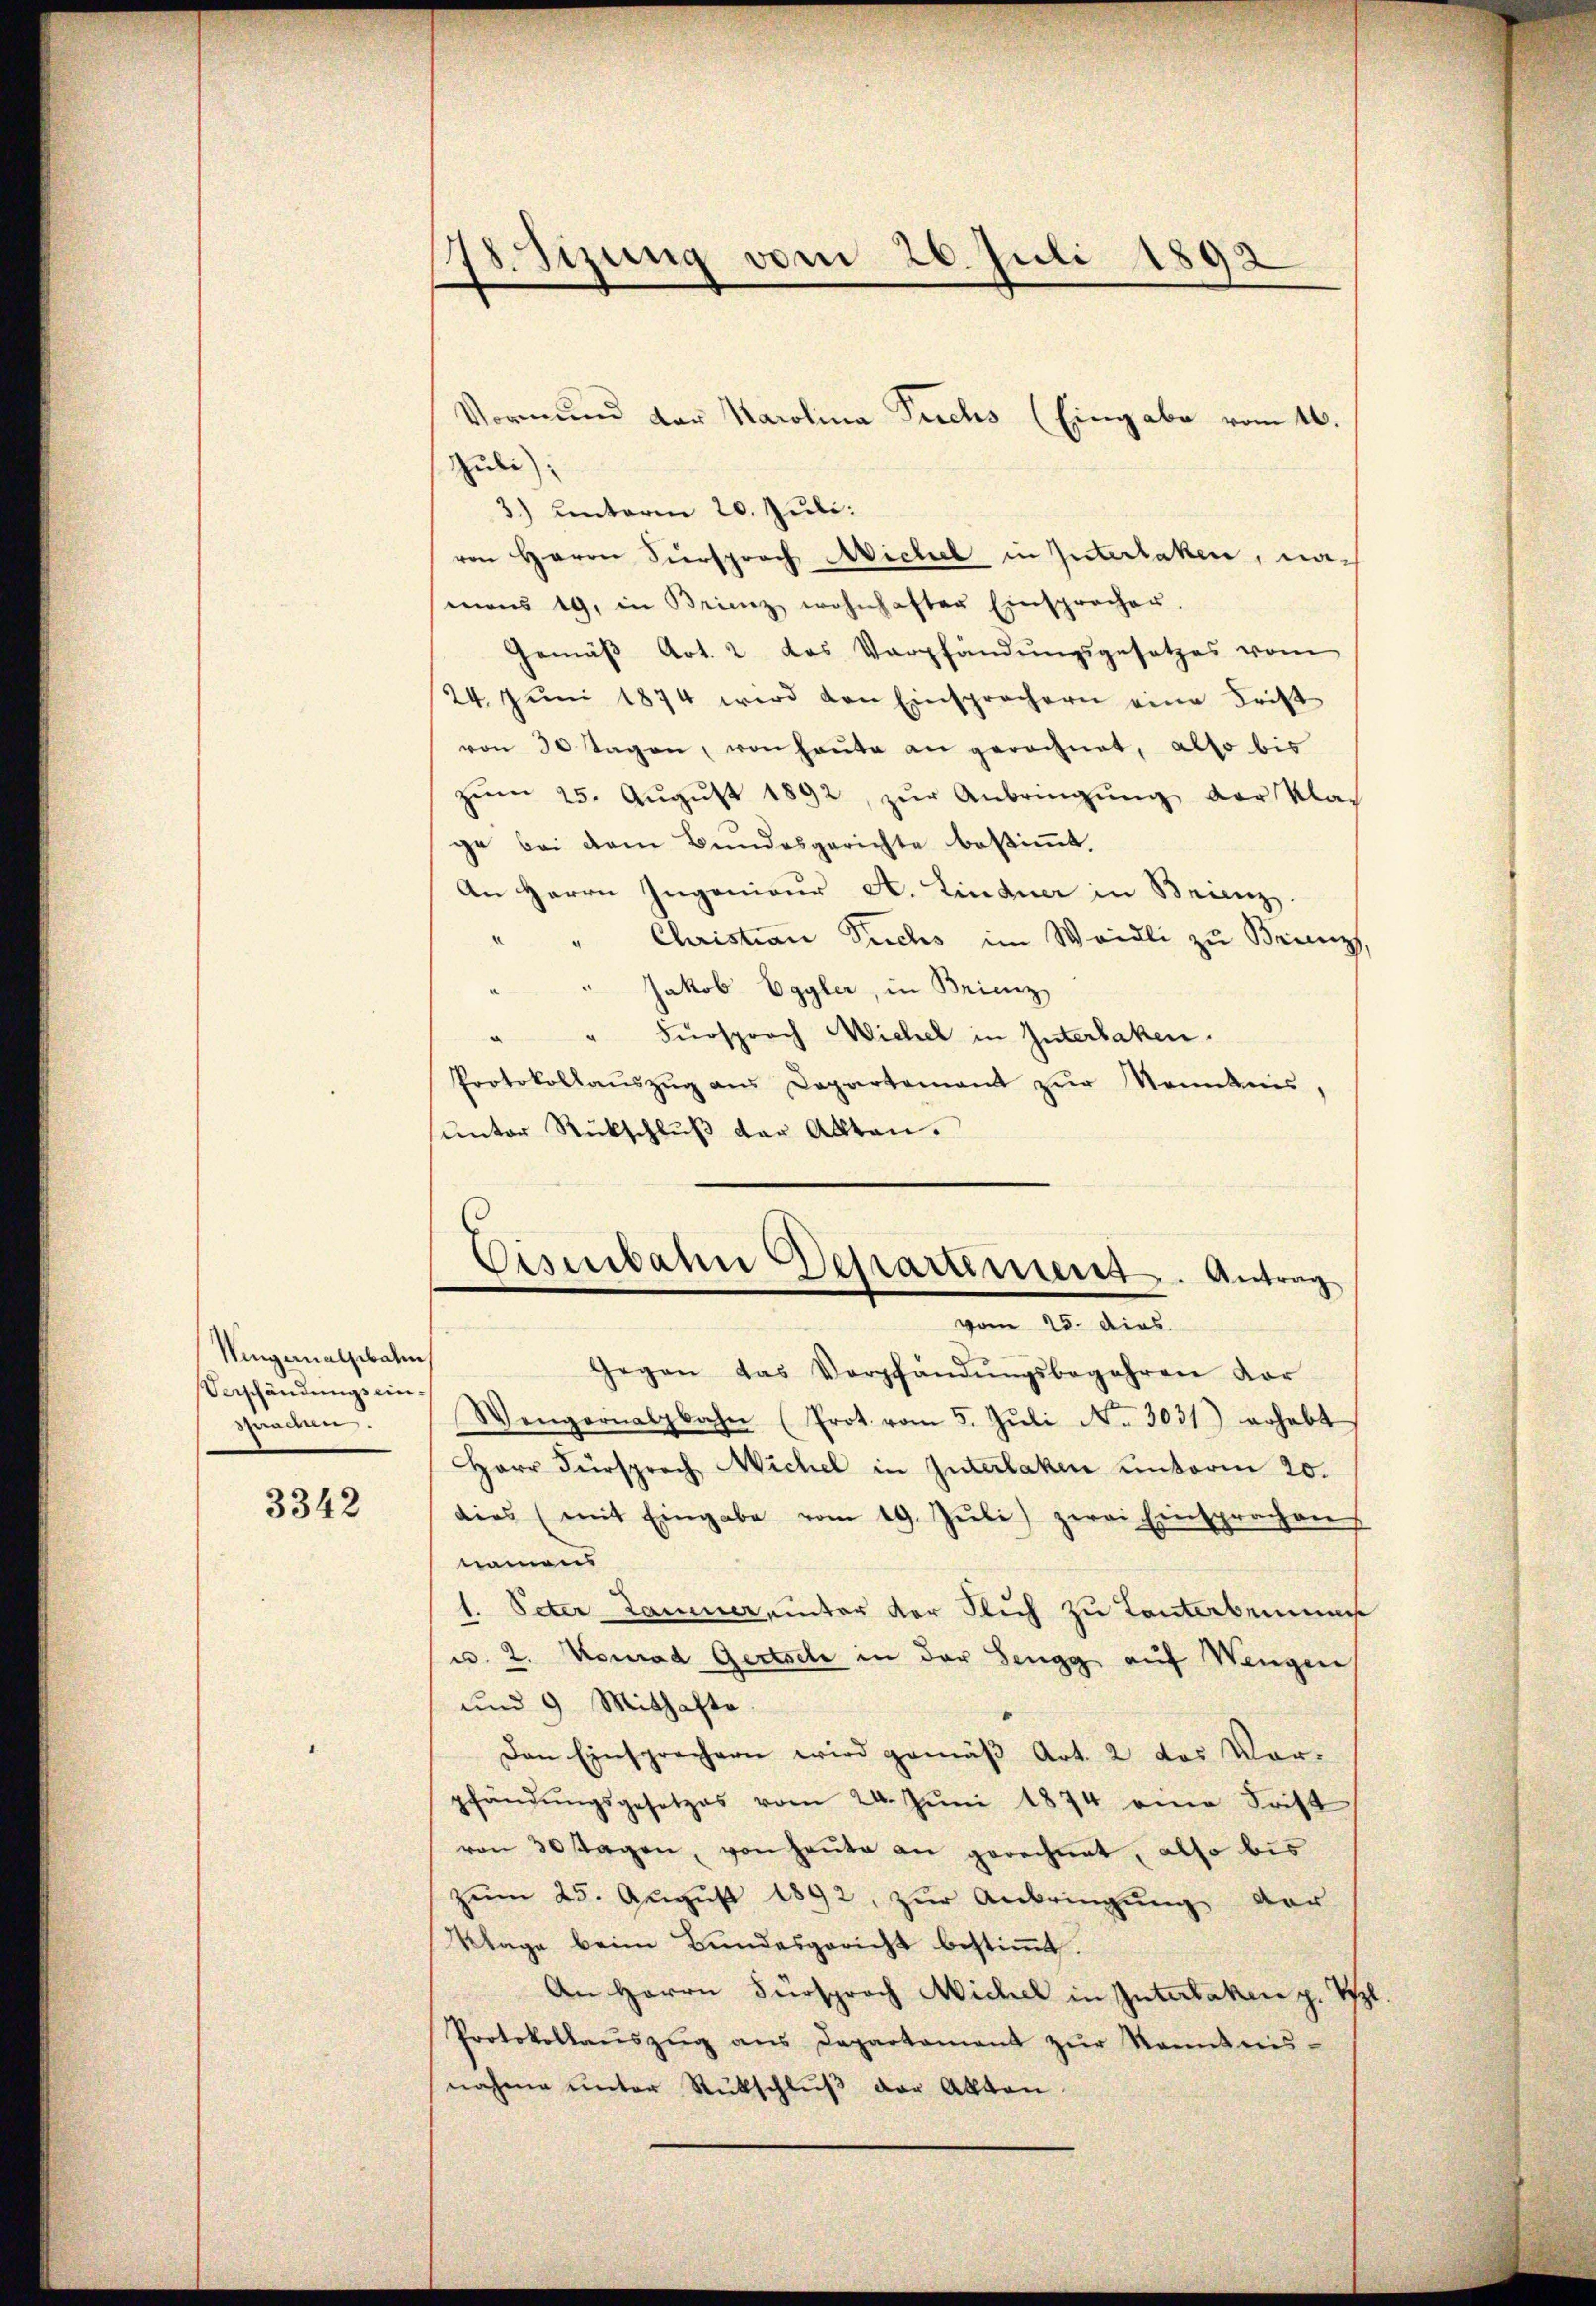
Ninginalbahn
Verschändungseinsprachen.

3342

Juli);
3.) Lenterm 20. Juli:
von Herrn Viersprach Michel in Interlaken, namon 19. in Brienz wohnhafter Einsprochen.
Gemäß Art. 2 das Verpfändungsgesetzes vom
24. Jŭni 1874 wird den Einsprachern eine Frist
von 30 tagen, von heŭte an gerechnet, also bis
zŭm 25. Aŭgŭst 1892, zŭr Anbringŭng der Klas
ge bei dem Bundesgerichte bestimmt.
An Herrn Ingenieŭr A. Lindner in Brienz
" Christian Suchs im Weidli zu Brienz,
Jakob Eggler, in Brienz
¬
" Fürsprach Wichel in Interlaken.
.
Protokollaŭszŭg aŭs Departement zŭr Kenntnis,
sunter Rückschluß der Akten.

)
8. Sizung vom 26. Juli 1892
e

Vormund der Karolina Puchs (Eingabe vom 16.

Eisenbahn Departement. Antrag
vom 25. dies

Gegen das Verpfändŭngsbegehren vor
Wengernalgbahn (Prot. vom 5. Jŭli No. 3031) erhebt
Herr Fürsprach Michel in Interlaken unterm 20.
dies (mit Eingabe vom 19. Jŭli) zwei Einsprachen
namens
l. Peter Laminer unter vor sich zu Tanterbei
u. 2. Konrad Gertsele in der Sengg auf Wengen
und 9 Mithafte
Den Einsprechern wird gemäβ Art. 2 das Vor-
pfändŭngsgesetzes vom 24. Jŭni 1874 eine Frist
von 30 tagen, von heute an gerechnet, also bis
zŭm 25. Aŭgŭst 1892, zŭr Anbringung der
Klage beim Bundesgericht bestimmt.
An Herrn Fürsprach Michel in Interlaken z. Tl.
Protokollaŭszŭg ans Departament zŭr Kenntnis-
nahme unter Rückschluß der Akten